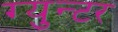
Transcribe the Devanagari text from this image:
ग्युन्टर